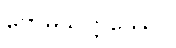
ဗောဓိသတ္တဿေဝ